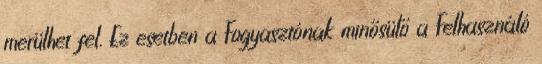
merülhet fel. Ez esetben a Fogyasztónak minősülő a Felhasználó